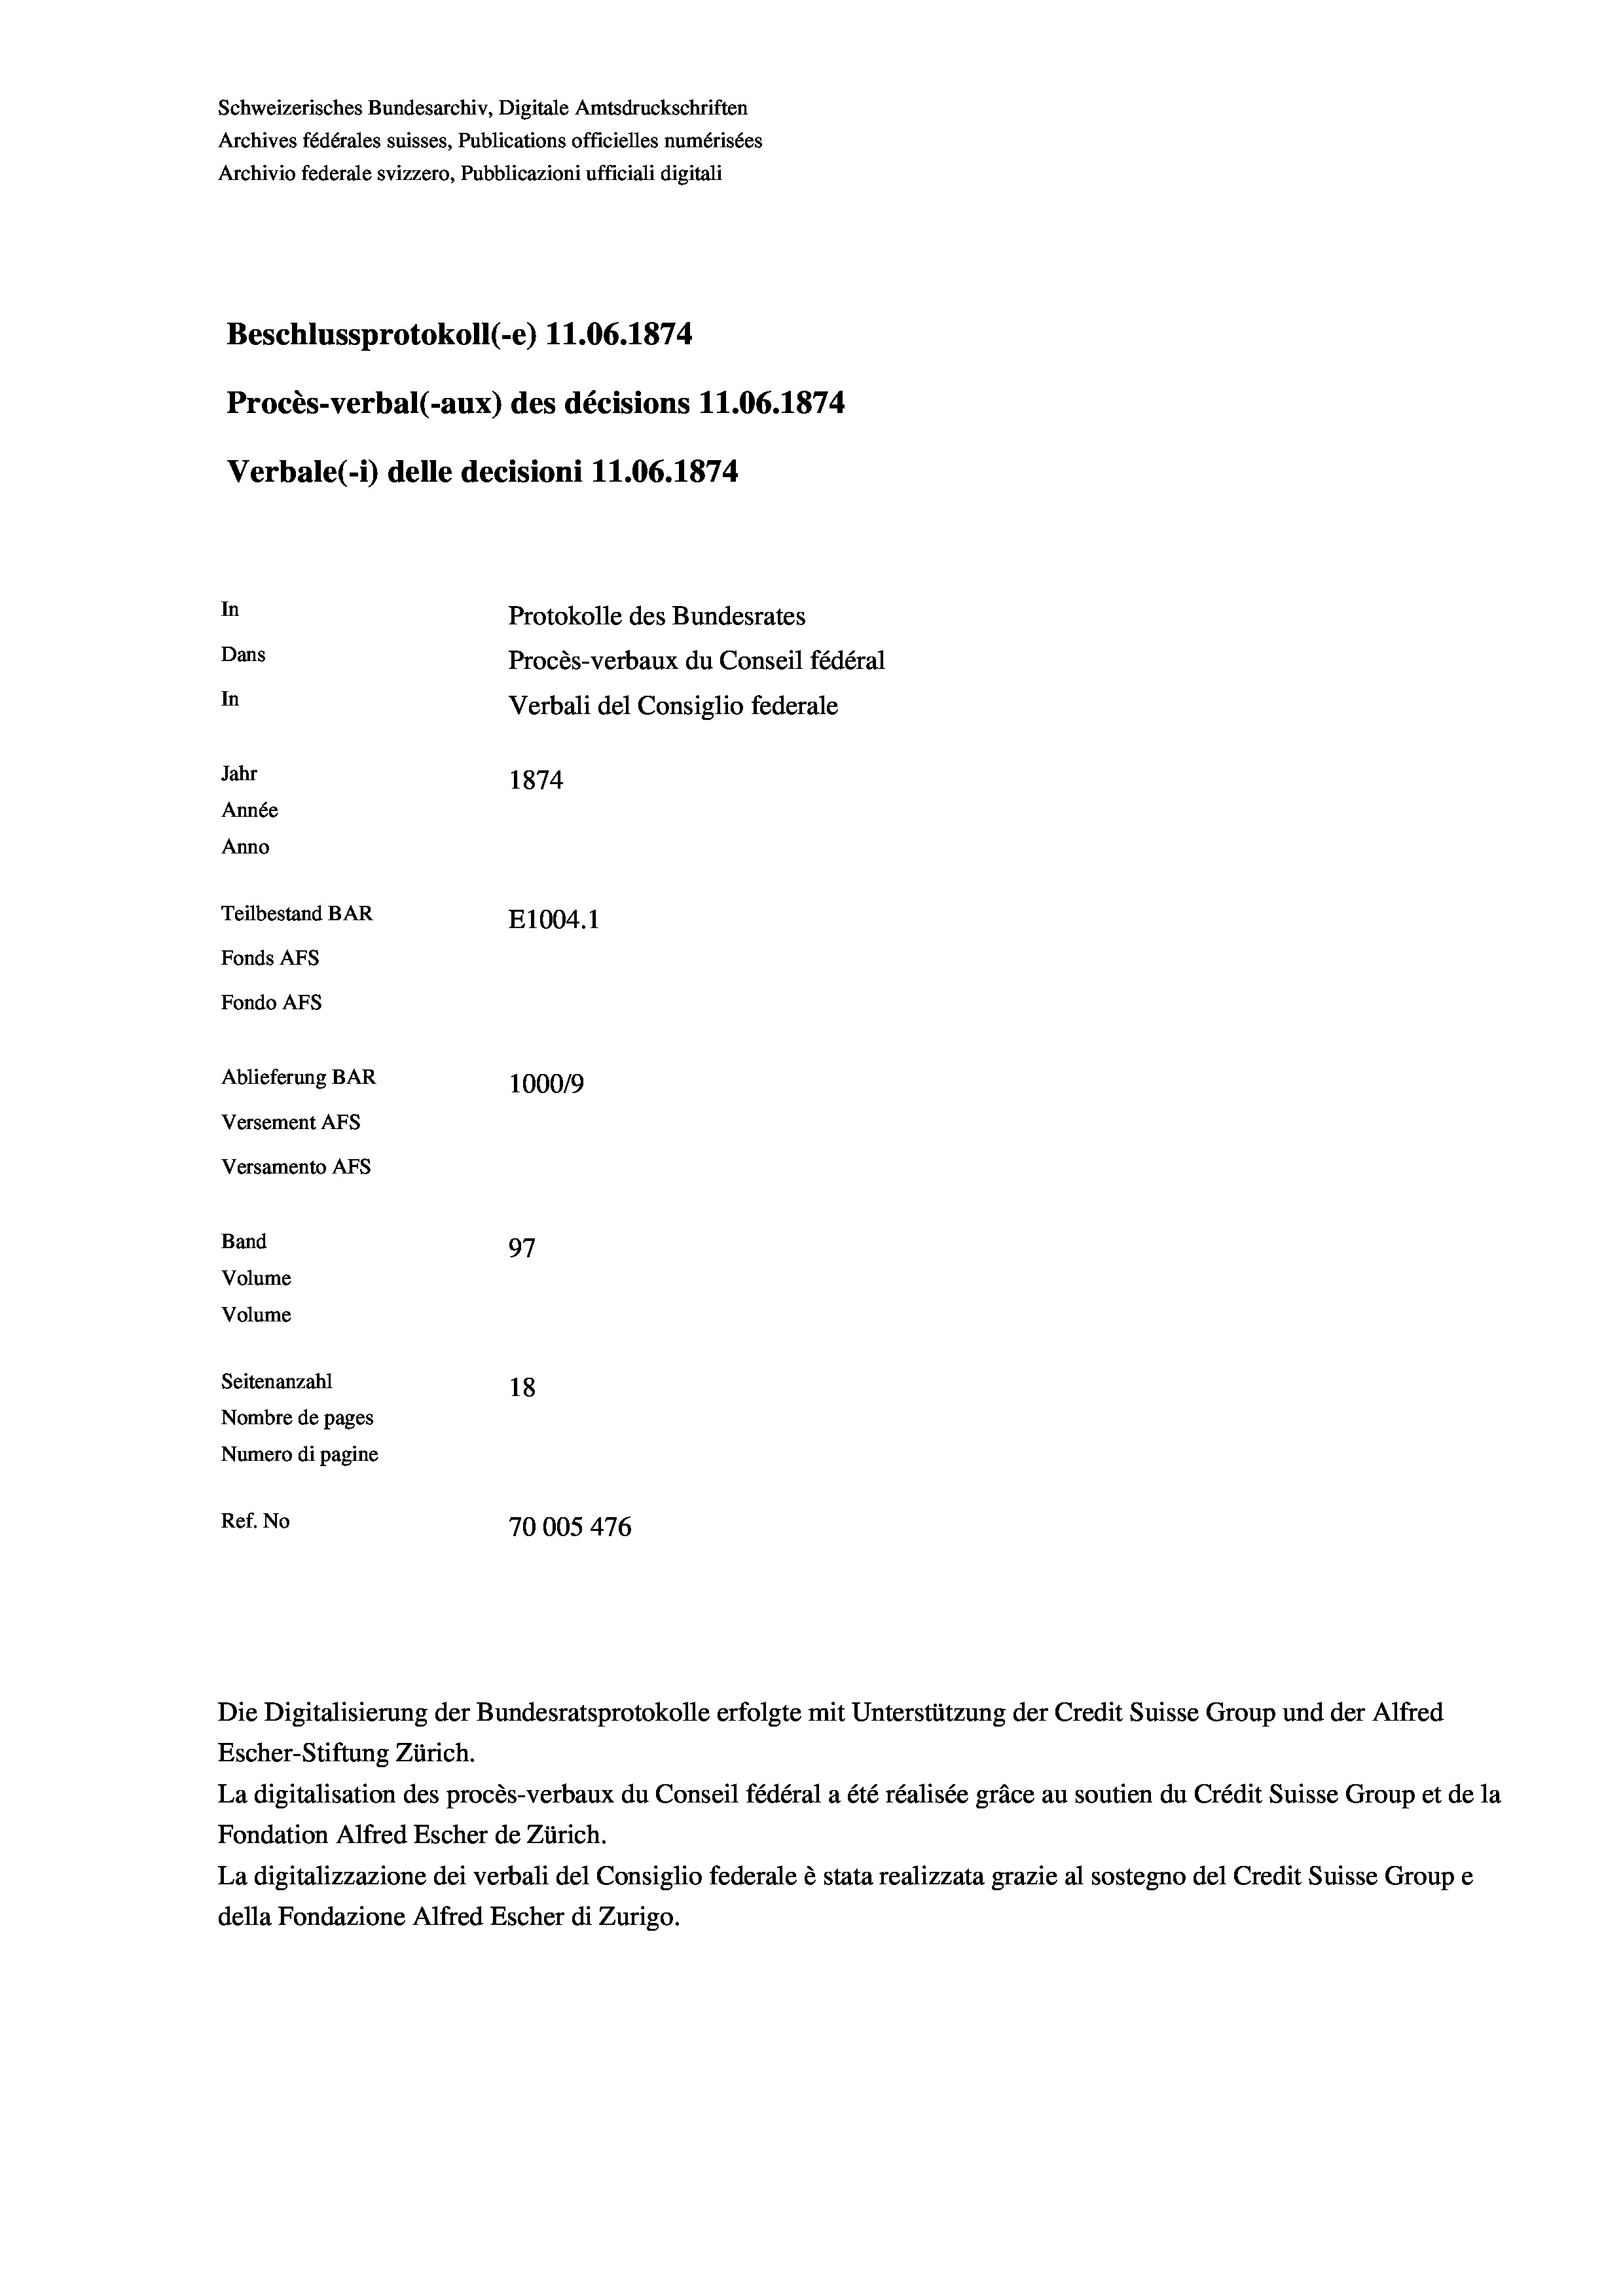
Schweizerisches Bundesarchiv, Digitale Amtsdruckschriften
Archives fédérales suisses, Publications officielles numérisées
Archivio federale svizzero, Pubblicazioni ufficiali digitali
Beschlussprotokoll (-e) 11.06. 1874
Procès-verbal (-aux) des décisions 11.06. 1874
Verbale (1) delle decisioni 11.06. 1874
In
Protokolle des Bundesrates
Dans
Procès-verbaux du Conseil fédéral
In
Verbali del Consiglio federale
Jahr
1874
Année
Anno
Teilbestand BAR
E1004.1
Fonds Afs
Fondo AFs
Ablieferung BAR
1000/9
Versement Abs
Versamento Afs
Band
97
Volume
Volume
Seitenanzahl
18
Nombre de pages
Numero di pagine
Ref. No
70005 476

Die Digitalisierung der Bundesratsprotokolle erfolgte mit Unterstützung der Credit Suisse Group und der Alfred
Escher-Stiftung Zürich.
La digitalisation des procès-verbaux du Conseil fédéral a été réalisée gräce au soutien du Crédit Suisse Group et de la
Fondation Alfred Escher de Zürich.
La digitalizzazione dei verbali del Consiglio federale è stata realizzata grazie al sostegno del Credit Suisse Groupe
della Fondazione Alfred Escher di Zurigo.